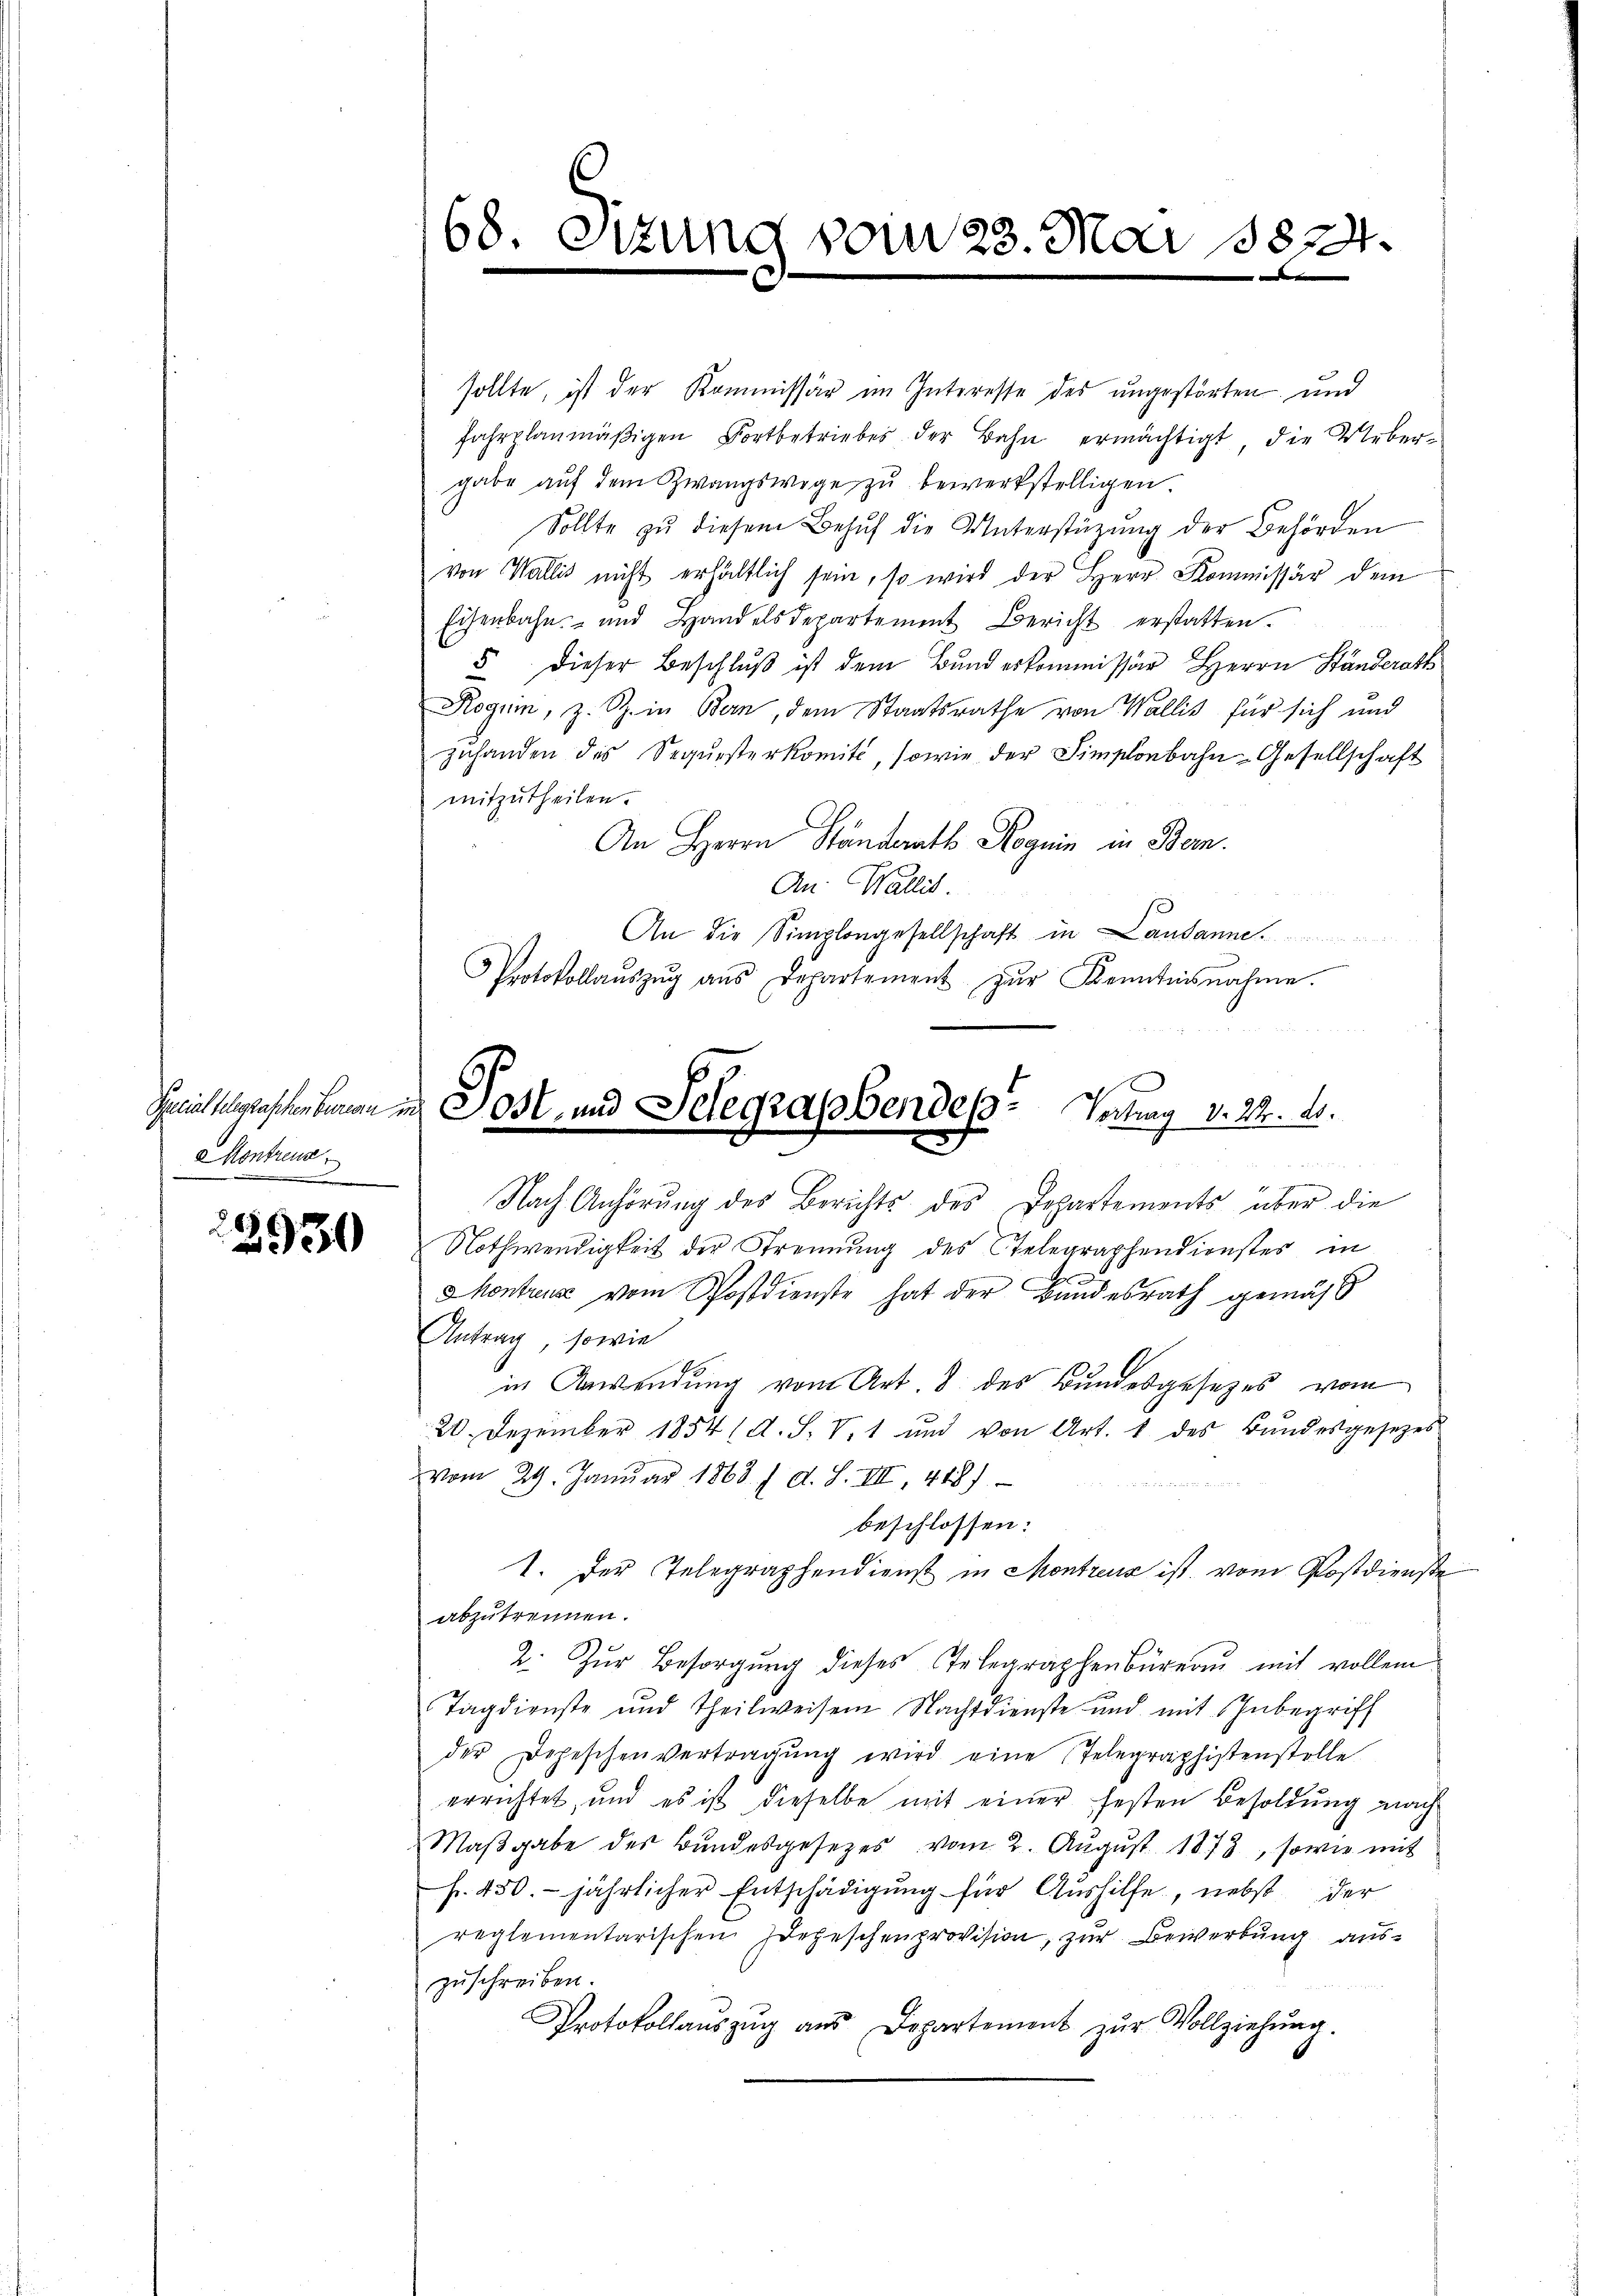
Montreux
e

2930

sollte, ist der Kommissär im Interesse des ungestörten und
fahrplanmäßigen Fortbetriebes der Bahn ermächtigt, die Uebergabe auf dem Zwangswege zu bewerkstelligen.
Sollte zu diesem Behuf die Unterstüzung der Behörden
von Wallis nicht erhältlich sein, so wird der Herr Kommissär dem
Eisenbahn- und Handelsdepartement Bericht erstatten.
5 dieser Beschluß ist dem Bund erkommissär Herrn Ständerath
Roguin, z. B. in Bern, dem Staatsrathe von Wallis für sich und
zuhanden des Sequesterkomité, sowie der Simplonbahn-Gesellschaft
mitzutheilen.
An Herrn Ständerath Roguin in Bern.
An: Wallit.
An die Simplongesellschaft in Landanne.
Protokollaŭszŭg aŭs Departement zŭr Kenntnisnahme.

Nothwendigkeit der Strennung des Telegraphendienstes in
Montreuse vom Postdienste hat der Bundesrath gemäss
Antrag, sowie
in Anwendung vom Art. 8 des Bundesgesetzes vom
20. Dezember 1854 ( A. S. V. 1 und von Art. 1 des Bŭndesgesezes
vom 29. Janŭar 1868. 7. d. S. VIII, 418)
beschlossen:
1. Der Telegraphendienst in Montreus ist vom Postdienste
abzutrennen.
2. Zŭr Besorgŭng dieses Telegraphenbüreaŭ mit vollem
Tagdienste und Theilweisen Nachtdienste und mit Inbegriff
der Depeschenvertragung wird eine Telegraphistenstelle
errichtet, und es ist dieselbe mit einer festen Besoldung nach
Maßgabe des Bundesgesetzes vom 2. August 1878, sowie mit
fr. 450. jährlicher Entschädigung für Aushilfe, nebst der
reglementarischen Depeschenprovision, zur Bewerbung auszuschreiben.
s
Protokollaŭszŭg aŭs Departement zŭr Vollziehŭng.

168 Sitzung vom 23. Mai 18824.

Schreitschaften beren in Post- und Telegrassbendes Vertrag v. 22. ds.
Nach Anhörung des Berichts des Departements über die